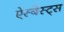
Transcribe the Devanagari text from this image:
ऐस्बेस्ट्स